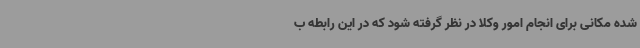
شده مکانی برای انجام امور وکلا در نظر گرفته شود که در این رابطه ب